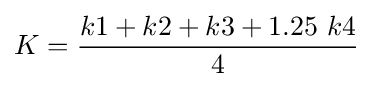
K={\frac {k1+k2+k3+1.25\ k4}{4}}